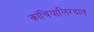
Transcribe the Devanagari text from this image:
कांचियालिरदात